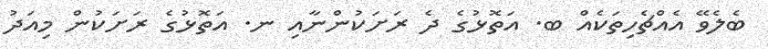
ބެލެވޭ އެއްޗެހިތަކެއް ބ. އަތޮޅުގެ ދެ ރަށަކުންނާއި ނ. އަތޮޅުގެ ރަށަކުން މިއަދު